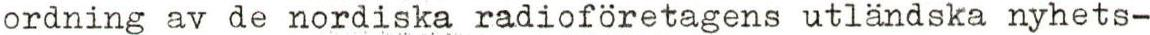
ordning av de nordiska radioföretagens utländska nyhets-